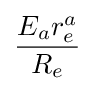
{\frac {E_{a}r_{e}^{a}}{R_{e}}}